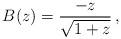
\begin{align*}B(z) = {-z \over \sqrt{1+z} } \, ,\end{align*}